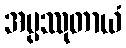
အပ္ပဿုတာယံ